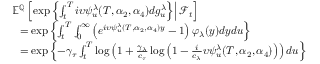
\begin{array} { r l } & { { \mathbb E } ^ { { \mathbb Q } } \left[ \left. \exp \left\lbrace \int _ { t } ^ { T } i \upsilon \psi _ { u } ^ { \lambda } ( T , \alpha _ { 2 } , \alpha _ { 4 } ) d g _ { u } ^ { \lambda } \right\rbrace \right\rvert { \mathcal F } _ { t } \right] } \\ & { \ \ = \exp \left\lbrace \int _ { t } ^ { T } \int _ { 0 } ^ { \infty } \left( e ^ { i \upsilon \psi _ { u } ^ { \lambda } ( T , \alpha _ { 2 } , \alpha _ { 4 } ) y } - 1 \right) \varphi _ { \lambda } ( y ) d y d u \right\rbrace } \\ & { \ \ = \exp \left\lbrace - \gamma _ { \tau } \int _ { t } ^ { T } \log \left( 1 + \frac { \gamma _ { \lambda } } { c _ { \tau } } \log \left( 1 - \frac { i } { c _ { \lambda } } \upsilon \psi _ { u } ^ { \lambda } ( T , \alpha _ { 2 } , \alpha _ { 4 } ) \right) \right) d u \right\rbrace } \end{array}